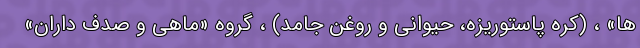
ها» ، (کره پاستوریزه، حیوانی و روغن جامد) ، گروه «ماهی و صدف داران»